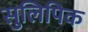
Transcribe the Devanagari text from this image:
सुलिपिक